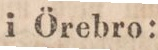
i Örebro: